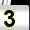
Digit: 3